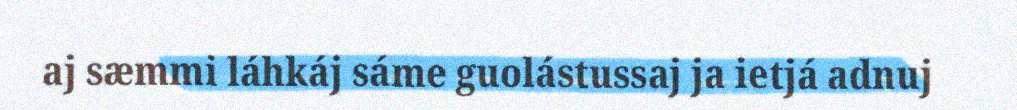
aj sæmmi láhkáj sáme guolástussaj ja ietjá adnuj